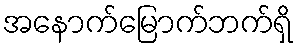
အနောက်မြောက်ဘက်ရှိ